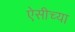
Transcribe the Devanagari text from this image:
ऐसीच्या